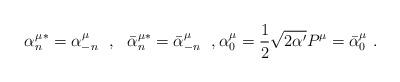
LaTeX: \begin{align*}{\alpha^\mu_n}^*=\alpha^\mu_{-n}\ \ ,\ \ {\bar{\alpha}^{\mu*}_n}=\bar{\alpha}^\mu_{-n}\ \ ,\alpha^\mu_0=\frac{1}{2}\sqrt{2\alpha'}P^\mu=\bar{\alpha}^\mu_0\ .\end{align*}